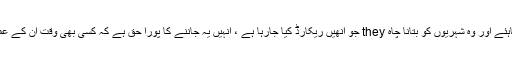
افسران کو صاف ستھرا آنا چاہئے اور وہ شہریوں کو بتانا چاہ they جو انھیں ریکارڈ کیا جارہا ہے ، انہیں یہ جاننے کا پورا حق ہے کہ کسی بھی وقت ان کے عمل کو ریکارڈ کیا جارہا ہے۔